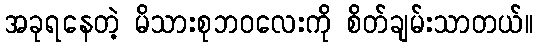
အခုရနေတဲ့ မိသားစုဘဝလေးကို စိတ်ချမ်းသာတယ်။